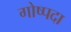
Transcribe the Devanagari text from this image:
गोष्पदा